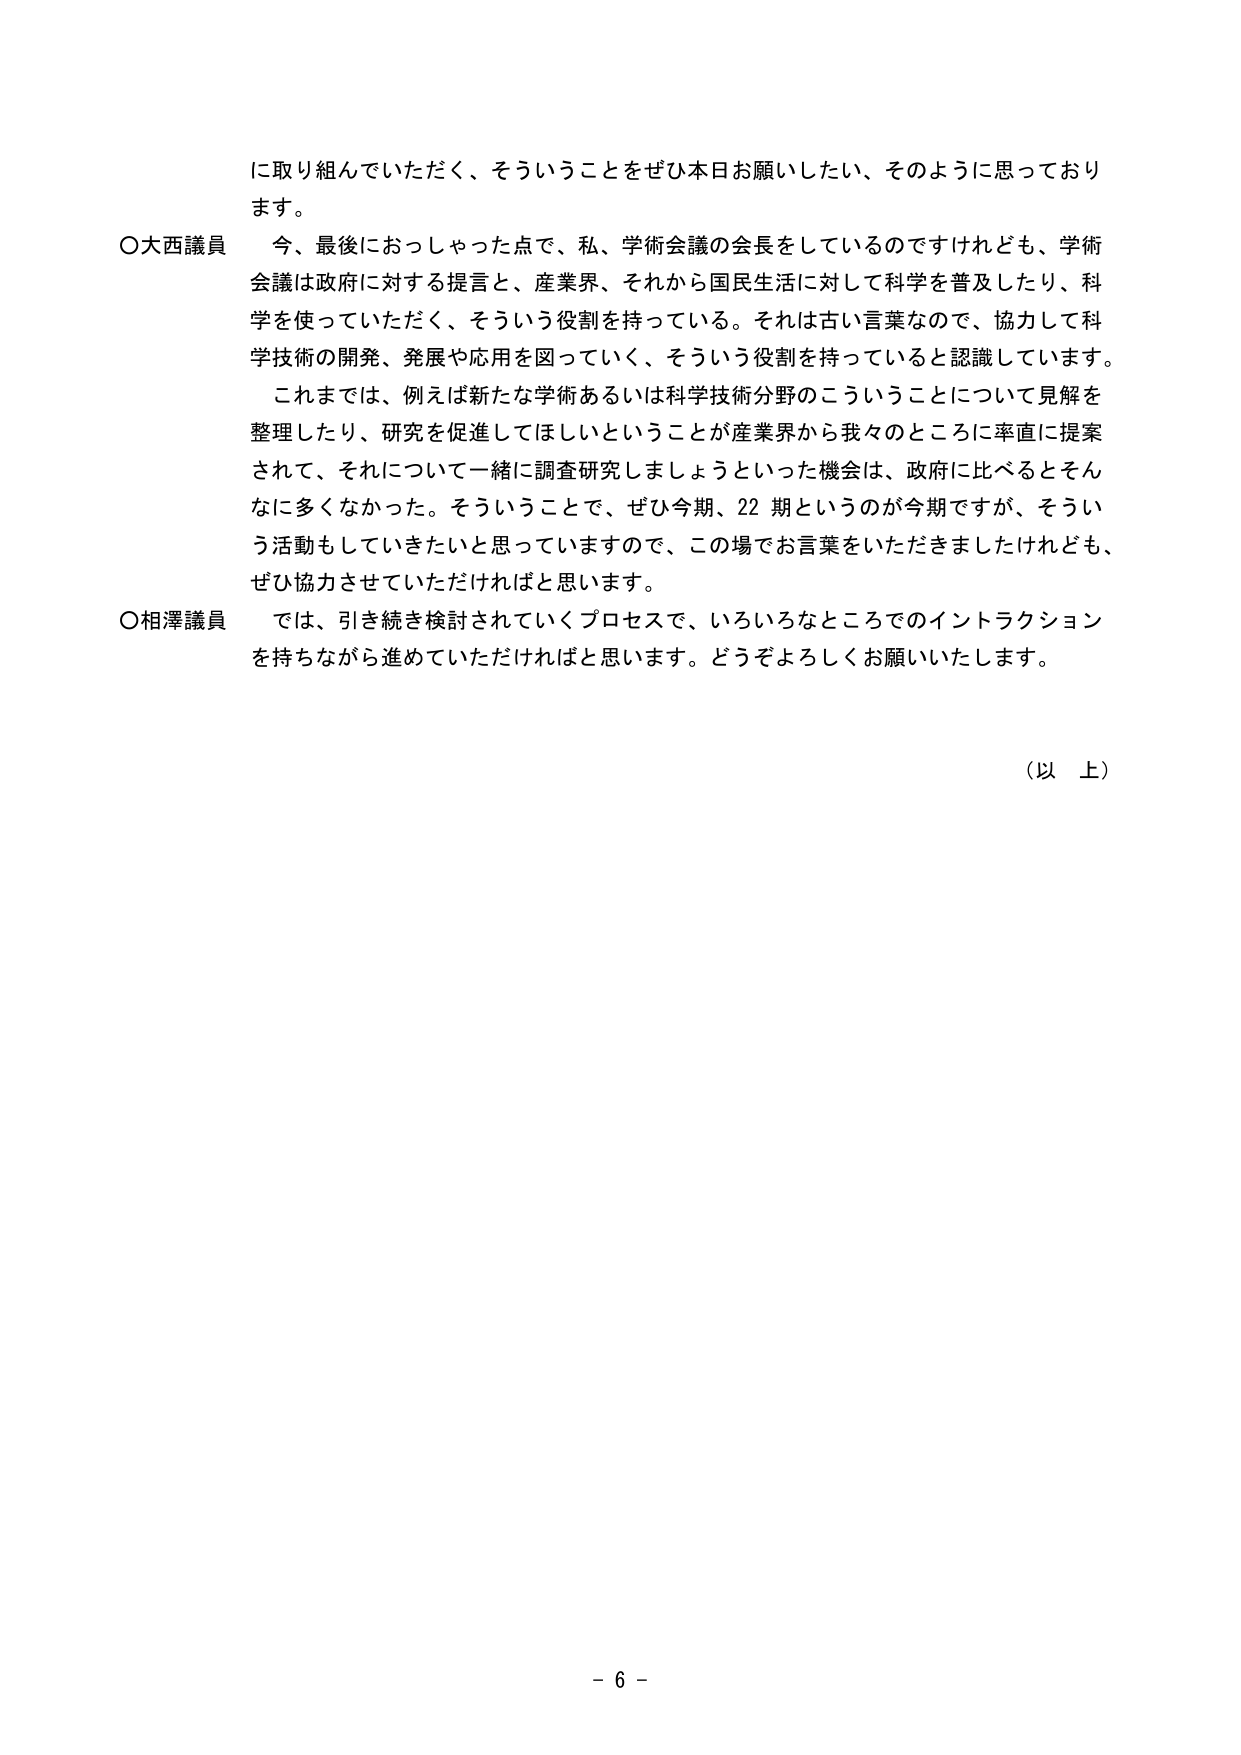
に取り組んでいただく、そういうことをぜひ本日お願いしたい、そのように思っております。

〇大西議員　今、最後におっしゃった点で、私、学術会議の会長をしているのですけれども、学術会議は政府に対する提言と、産業界、それから国民生活に対して科学を普及したり、科学を使っていただく、そういう役割を持っている。それは古い言葉なので、協力して科学技術の開発、発展や応用を図っていく、そういう役割を持っていると認識しています。

　これまでは、例えば新たな学術あるいは科学技術分野のこういうことについて見解を整理したり、研究を促進してほしいということが産業界から我々のところに率直に提案されて、それについて一緒に調査研究しましょうといった機会は、政府に比べるとそんなに多くなかった。そういうことで、ぜひ今期、22期というのが今期ですが、そういう活動もしていきたいと思っていますので、この場でお言葉をいただきましたけれども、ぜひ協力させていただければと思います。

〇相澤議員　では、引き続き検討されていくプロセスで、いろいろなところでのインタラクションを持ちながら進めていただければと思います。どうぞよろしくお願いいたします。

（以上）

－６－